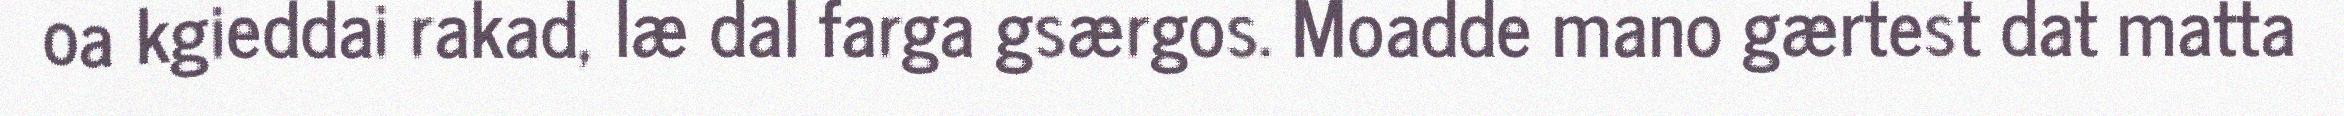
oa kgieddai rakad, læ dal farga gsærgos. Moadde mano gærtest dat matta